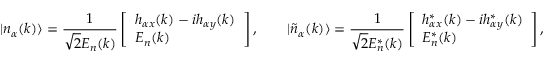
| n _ { \alpha } ( k ) \rangle = \frac { 1 } { \sqrt { 2 } E _ { n } ( k ) } \left[ \begin{array} { l } { h _ { \alpha x } ( k ) - i h _ { \alpha y } ( k ) } \\ { E _ { n } ( k ) } \end{array} \right] , \qquad | \widetilde { n } _ { \alpha } ( k ) \rangle = \frac { 1 } { \sqrt { 2 } E _ { n } ^ { * } ( k ) } \left[ \begin{array} { l } { h _ { \alpha x } ^ { * } ( k ) - i h _ { \alpha y } ^ { * } ( k ) } \\ { E _ { n } ^ { * } ( k ) } \end{array} \right] ,